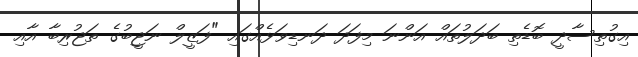
އިގުތިސާދީ ބޮޑެތި ބަދަލުތައް އަންނަ މިފަދަ ދަނޑިވަޅެއްގައި "ފަޒީލް ނަޖީބުގެ ތަޖުރިބާ އާއި